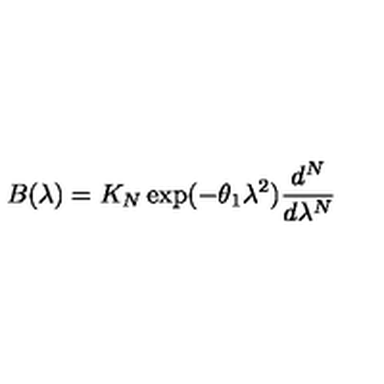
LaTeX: B ( \lambda ) = K _ { N } \exp ( - \theta _ { 1 } \lambda ^ { 2 } ) \frac { d ^ { N } } { d \lambda ^ { N } }